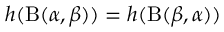
h ( \mathrm { B } ( \alpha , \beta ) ) = h ( \mathrm { B } ( \beta , \alpha ) )